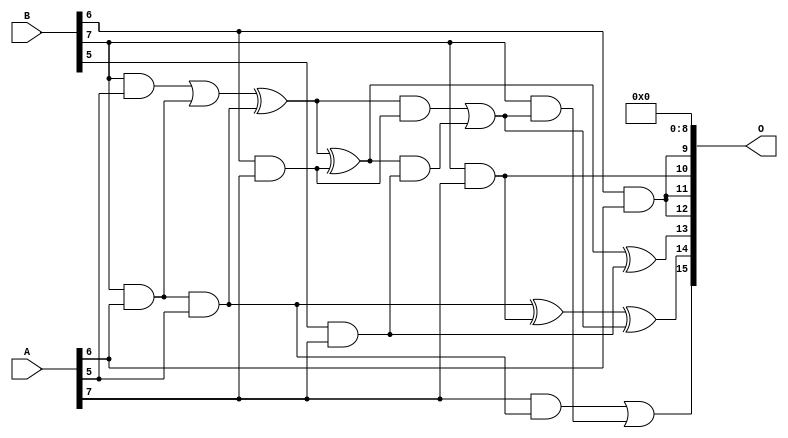
/***
* This code is a part of EvoApproxLib library (ehw.fit.vutbr.cz/approxlib) distributed under The MIT License.
* When used, please cite the following article(s): PRABAKARAN B. S., MRAZEK V., VASICEK Z., SEKANINA L., SHAFIQUE M. ApproxFPGAs: Embracing ASIC-based Approximate Arithmetic Components for FPGA-Based Systems. DAC 2020. 
***/
// MAE% = 4.16 %
// MAE = 2728 
// WCE% = 15.19 %
// WCE = 9953 
// WCRE% = 100.00 %
// EP% = 99.20 %
// MRE% = 41.93 %
// MSE = 11489.87e3 
// FPGA_POWER = 0.28
// FPGA_DELAY = 6.2
// FPGA_LUT = 5.0

module mul8u_L42 (
    A,
    B,
    O
);

input [7:0] A;
input [7:0] B;
output [15:0] O;

wire sig_117,sig_207,sig_253,sig_285,sig_286,sig_288,sig_289,sig_296,sig_297,sig_298,sig_326,sig_327,sig_328,sig_329,sig_330,sig_331,sig_333,sig_334,sig_335;

assign sig_117 = B[6] & A[6];
assign sig_207 = B[7] & A[5];
assign sig_253 = B[7] & A[6];
assign sig_285 = sig_253 & A[5];
assign sig_286 = sig_207 | sig_253;
assign sig_288 = A[7] & sig_285;
assign sig_289 = sig_286 ^ sig_285;
assign sig_296 = B[5] & A[7];
assign sig_297 = B[6] & A[7];
assign sig_298 = B[7] & A[7];
assign sig_326 = sig_289 ^ sig_297;
assign sig_327 = sig_289 & sig_297;
assign sig_328 = sig_326 & sig_296;
assign sig_329 = sig_326 ^ sig_296;
assign sig_330 = sig_327 | sig_328;
assign sig_331 = sig_285 ^ sig_298;
assign sig_333 = B[7] & sig_330;
assign sig_334 = sig_331 ^ sig_330;
assign sig_335 = sig_288 | sig_333;

assign O[15] = sig_335;
assign O[14] = sig_334;
assign O[13] = sig_329;
assign O[12] = sig_117;
assign O[11] = sig_117;
assign O[10] = sig_298;
assign O[9] = sig_117;
assign O[8] = 1'b0;
assign O[7] = 1'b0;
assign O[6] = 1'b0;
assign O[5] = 1'b0;
assign O[4] = 1'b0;
assign O[3] = 1'b0;
assign O[2] = 1'b0;
assign O[1] = 1'b0;
assign O[0] = 1'b0;

endmodule